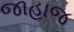
જાહાજ